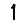
Digit: 1